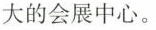
大的会展中心。